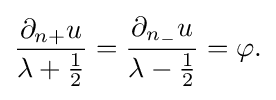
\displaystyle {{\partial _{n+}u \over \lambda +{1 \over 2}}={\partial _{n_{-}}u \over \lambda -{1 \over 2}}=\varphi .}